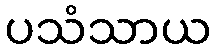
ပသံသာယ